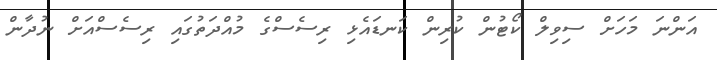
އަންނަ މަހަށް ސިވިލް ކޯޓުން ކުރިން ކަނޑައެޅި ރިސެސްގެ މުއްދަތުގައި ރިސެސްއަށް ނުދާން